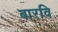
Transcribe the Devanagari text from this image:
बारवि